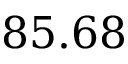
8 5 . 6 8